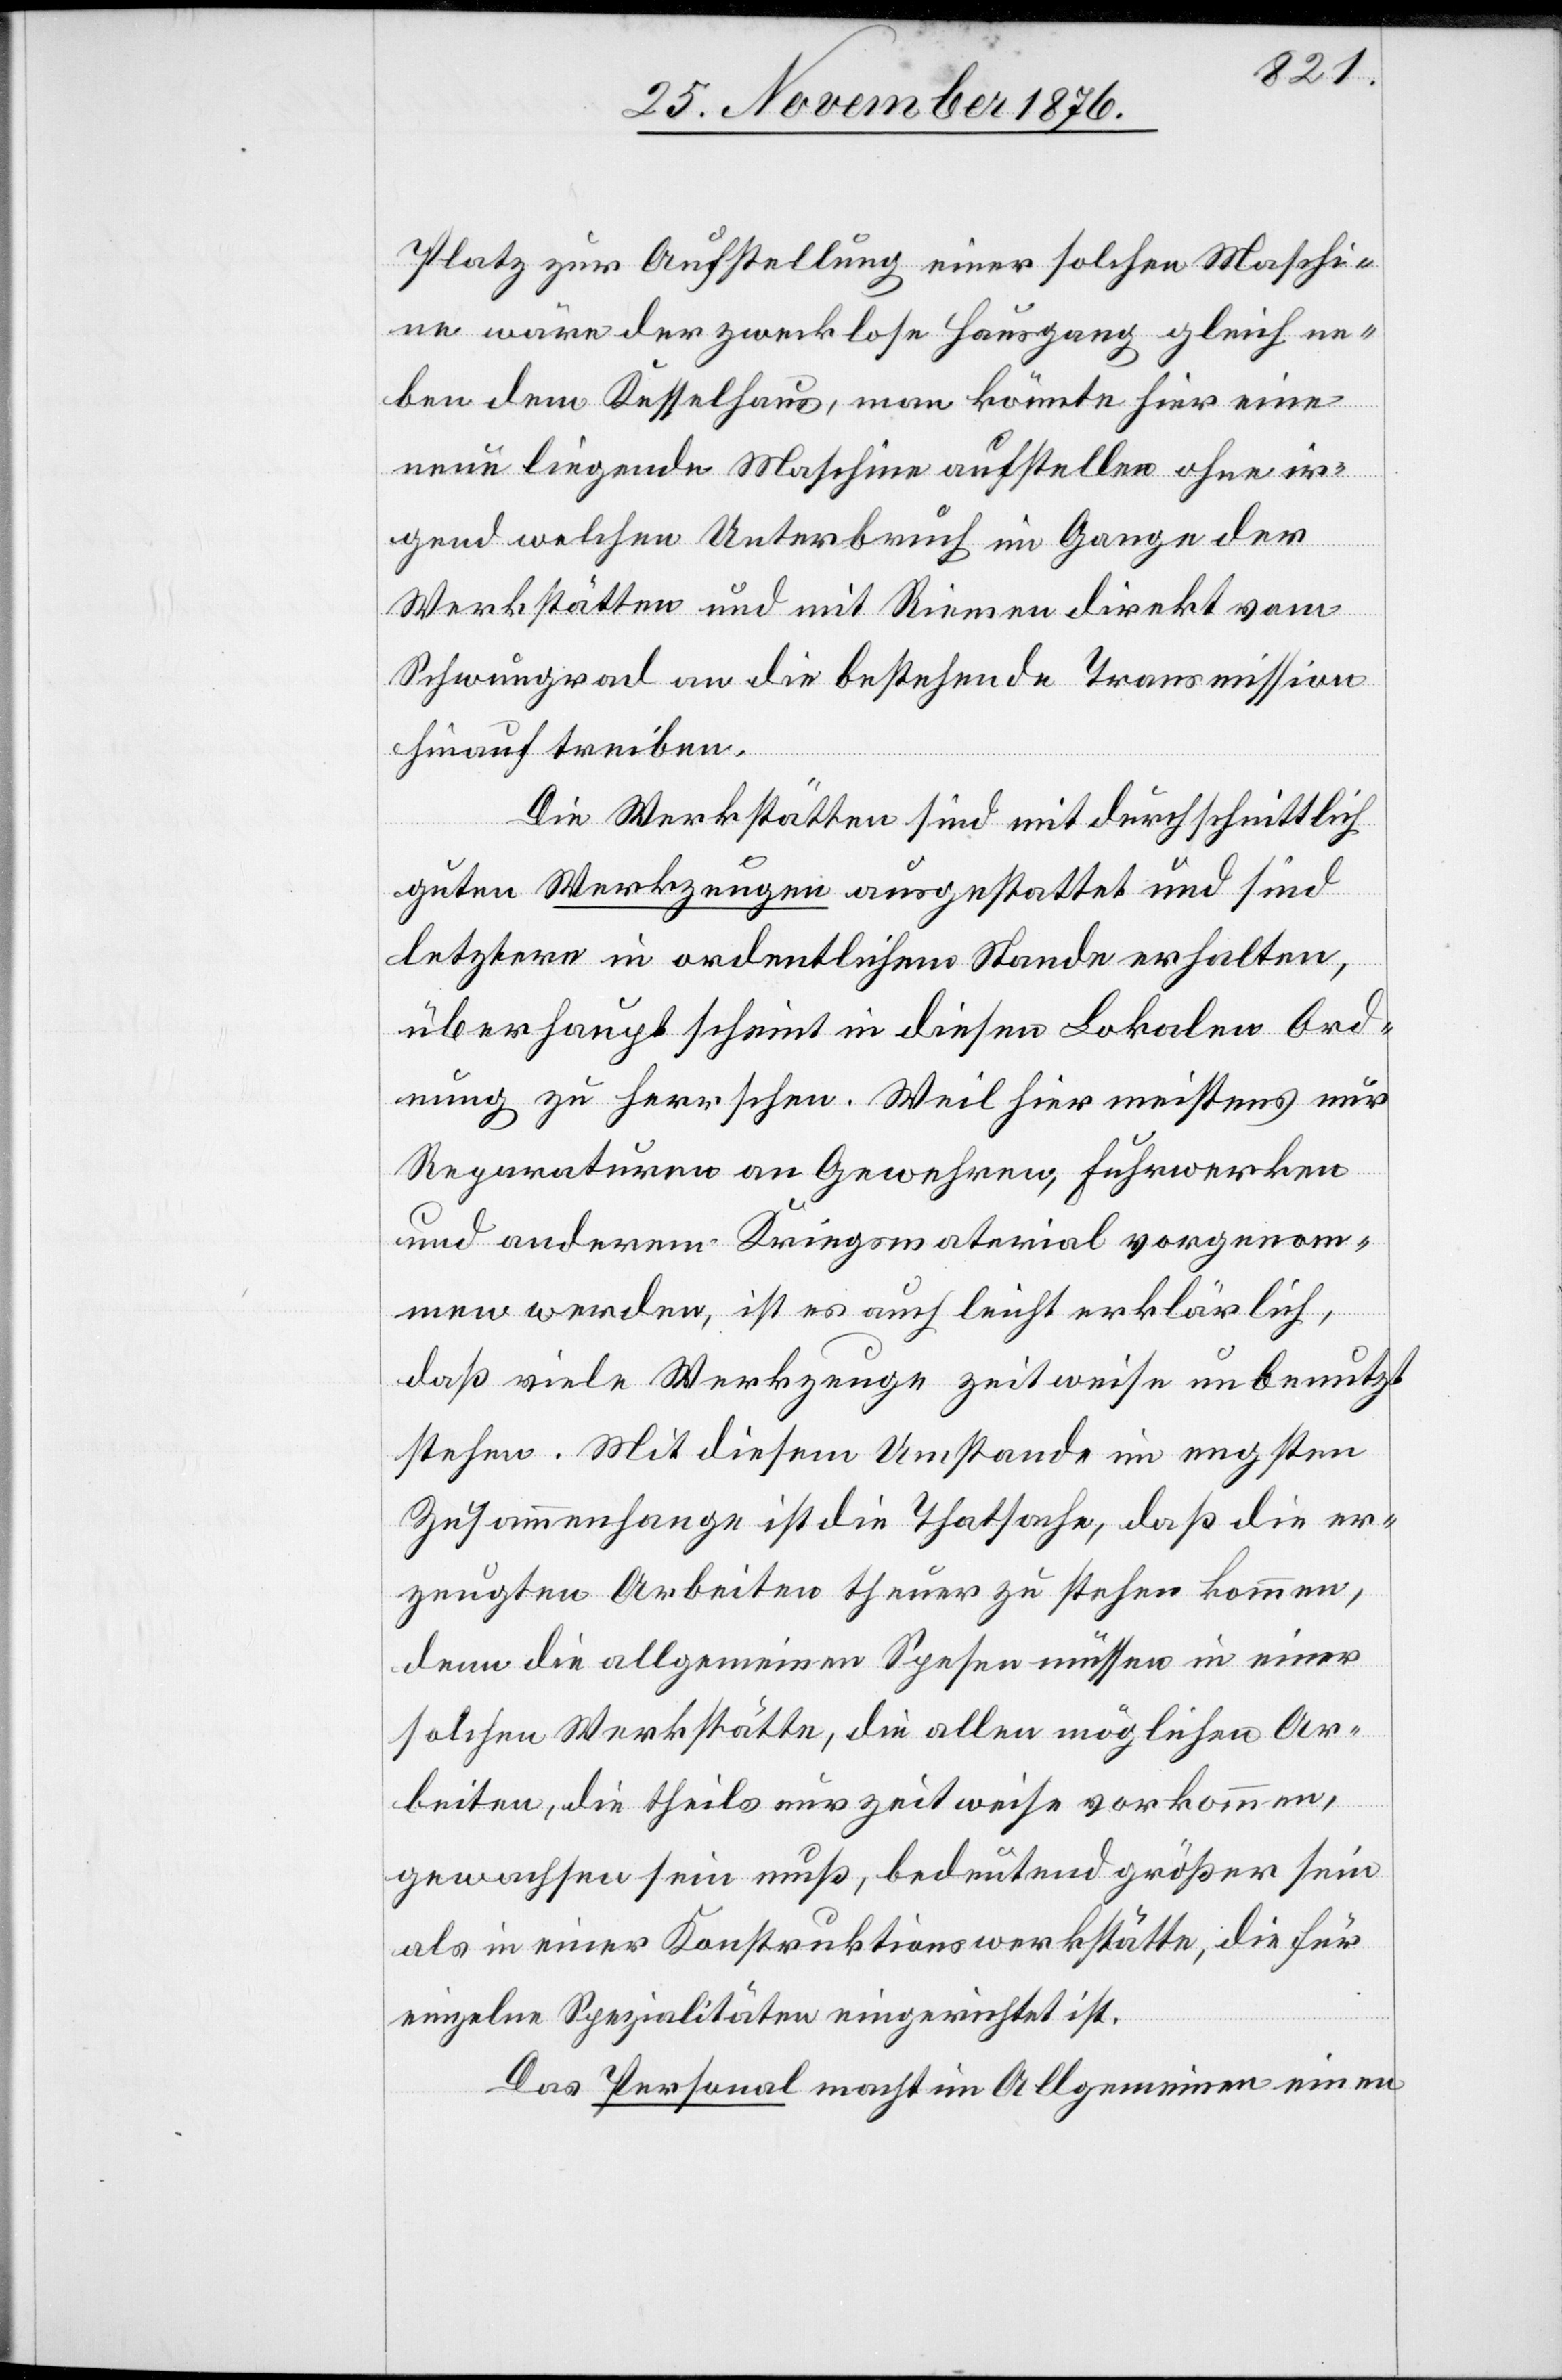
Platz zur Aufstellung einer solchen Maschi¬
ne wäre der zwecklose Hausgang gleich ne¬
ben dem Kesselhaus, man könnte hier eine
neue liegende Maschine aufstellen ohne ir¬
gend welchen Unterbruch im Gange der
Werkstätten und mit Riemen direkt vom
Schwungrad an die bestehende Transmission
hinauf treiben.
Die Werkstätten sind mit durchschnittlich
guten Werkzeugen ausgestattet und sind
letztere in ordentlichem Stande erhalten,
überhaupt schient in diesen Lokalen Ord¬
nung zu herrschen. Weil hier meistens nur
Reparaturen an Gewehren, Fuhrwerken
und anderem Kriegsmaterial vorgenom¬
men werden, ist es auch leicht erklärlich,
daß viele Werkzeuge zeitweise unbenutzt
stehen. Mit diesem Umstand im engsten
Zusammenhange ist die Thatsache, daß die er¬
zeugten Arbeiten theuer zu stehen kommen,
denn die allgemeinen Spesen müssen in einer
solchen Werkstätte, die allen möglichen Ar¬
beiten, die theils nur zeitweise vorkommen,
gewachsen sein muß, bedeutend größer sein
als in einer Konstruktionswerkstätte, die für
einzelne Spezialitäten eingerichtet ist.
Das Personal macht im Allgemeinen einen